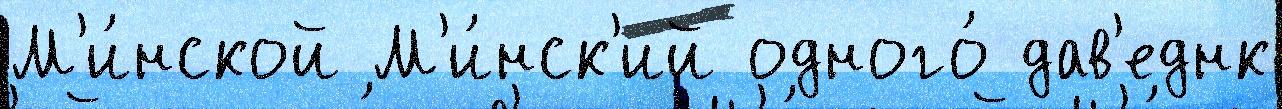
М'и́нской М'и́нск'ий одного́ дав'еднк